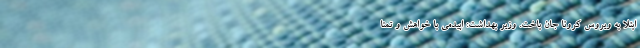
ابتلا به ویروس کرونا جان باخت. وزیر بهداشت: اپیدمی با خواهش و تمنا